Plague in India, 1896, 1897 - Volume 2
Year: 1896
Disease focus: Plague
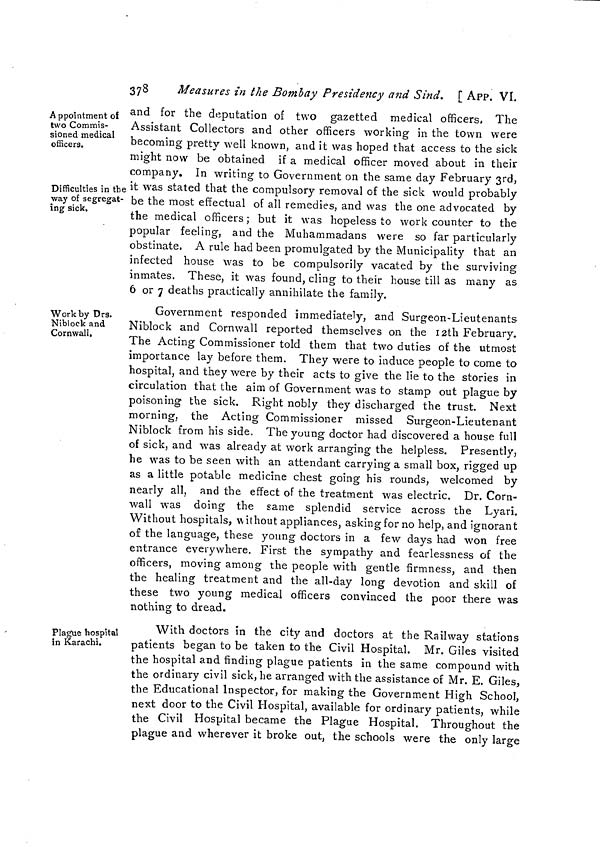
378
Measures in the Bombay Presidency and Sind. [ APP. VI.
A ppointment of
two Commis-
sioned medical
officers.
and for the deputation of two gazetted medical officers, The
Assistant Collectors and other officers working in the town were
becoming pretty well known, and it was hoped that access to the sick
might now be obtained if a medical officer moved about in their
company. In writing to Government on the same day February 3rd,
Difficulties in the
way of segregat-
ing sick.
it was stated that the compulsory removal of the sick would probably
be the most effectual of all remedies, and was the one advocated by
the medical officers ; but it was hopeless to work counter to the
popular feeling, and the Muhammadans were so far particularly
obstinate, A rule had been promulgated by the Municipality that an
infected house was to be compulsorily vacated by the surviving
inmates. These, it was found, cling to their house till as many as
6 or 7 deaths practically annihilate the family.
Work by Drs.
Niblock and
Cornwall,
Government responded immediately, and Surgeon-Lieutenants
Niblock and Cornwall reported themselves on the 12th February.
The Acting Commissioner told them that two duties of the utmost
importance lay before them. They were to induce people to come to
hospital, and they were by their acts to give the lie to the stories in
circulation that the aim of Government was to stamp out plague by
poisoning the sick. Right nobly they discharged the trust. Next
morning, the Acting Commissioner missed Surgeon-Lieutenant
Niblock from his side. The young doctor had discovered a house full
of sick, and was already at work arranging the helpless. Presently,
he was to be seen with an attendant carrying a small box, rigged up
as a little potable medicine chest going his rounds, welcomed by
nearly all, and the effect of the treatment was electric. Dr. Corn-
wall was doing the same splendid service across the Lyari.
Without hospitals, without appliances, asking for no help, and ignorant
of the language, these young doctors in a few days had won free
entrance everywhere. First the sympathy and fearlessness of the
officers, moving among the people with gentle firmness, and then
the healing treatment and the all-day long devotion and skill of
these two young medical officers convinced the poor there was
nothing to dread.
Plague hospital
in Karachi.
With doctors in the city and doctors at the Railway stations
patients began to be taken to the Civil Hospital. Mr. Giles visited
the hospital and finding plague patients in the same compound with
the ordinary civil sick, he arranged with the assistance of Mr. E. Giles,
the Educational Inspector, for making the Government High School,
next door to the Civil Hospital, available for ordinary patients, while
the Civil Hospital became the Plague Hospital. Throughout the
plague and wherever it broke out, the schools were the only large